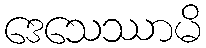
ဒေသေဿာမိ